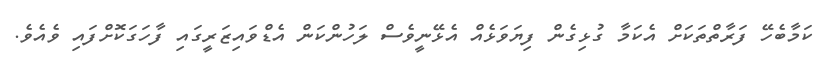
ކަމާބެހޭ ފަރާތްތަކަށް އެކަމާ ގުޅިގެން ފިޔަވަޅެއް އެޅޭނީވެސް ލަހުންކަން އެޑްވައިޒަރީގައި ފާހަގަކޮށްފައި ވެއެވެ.